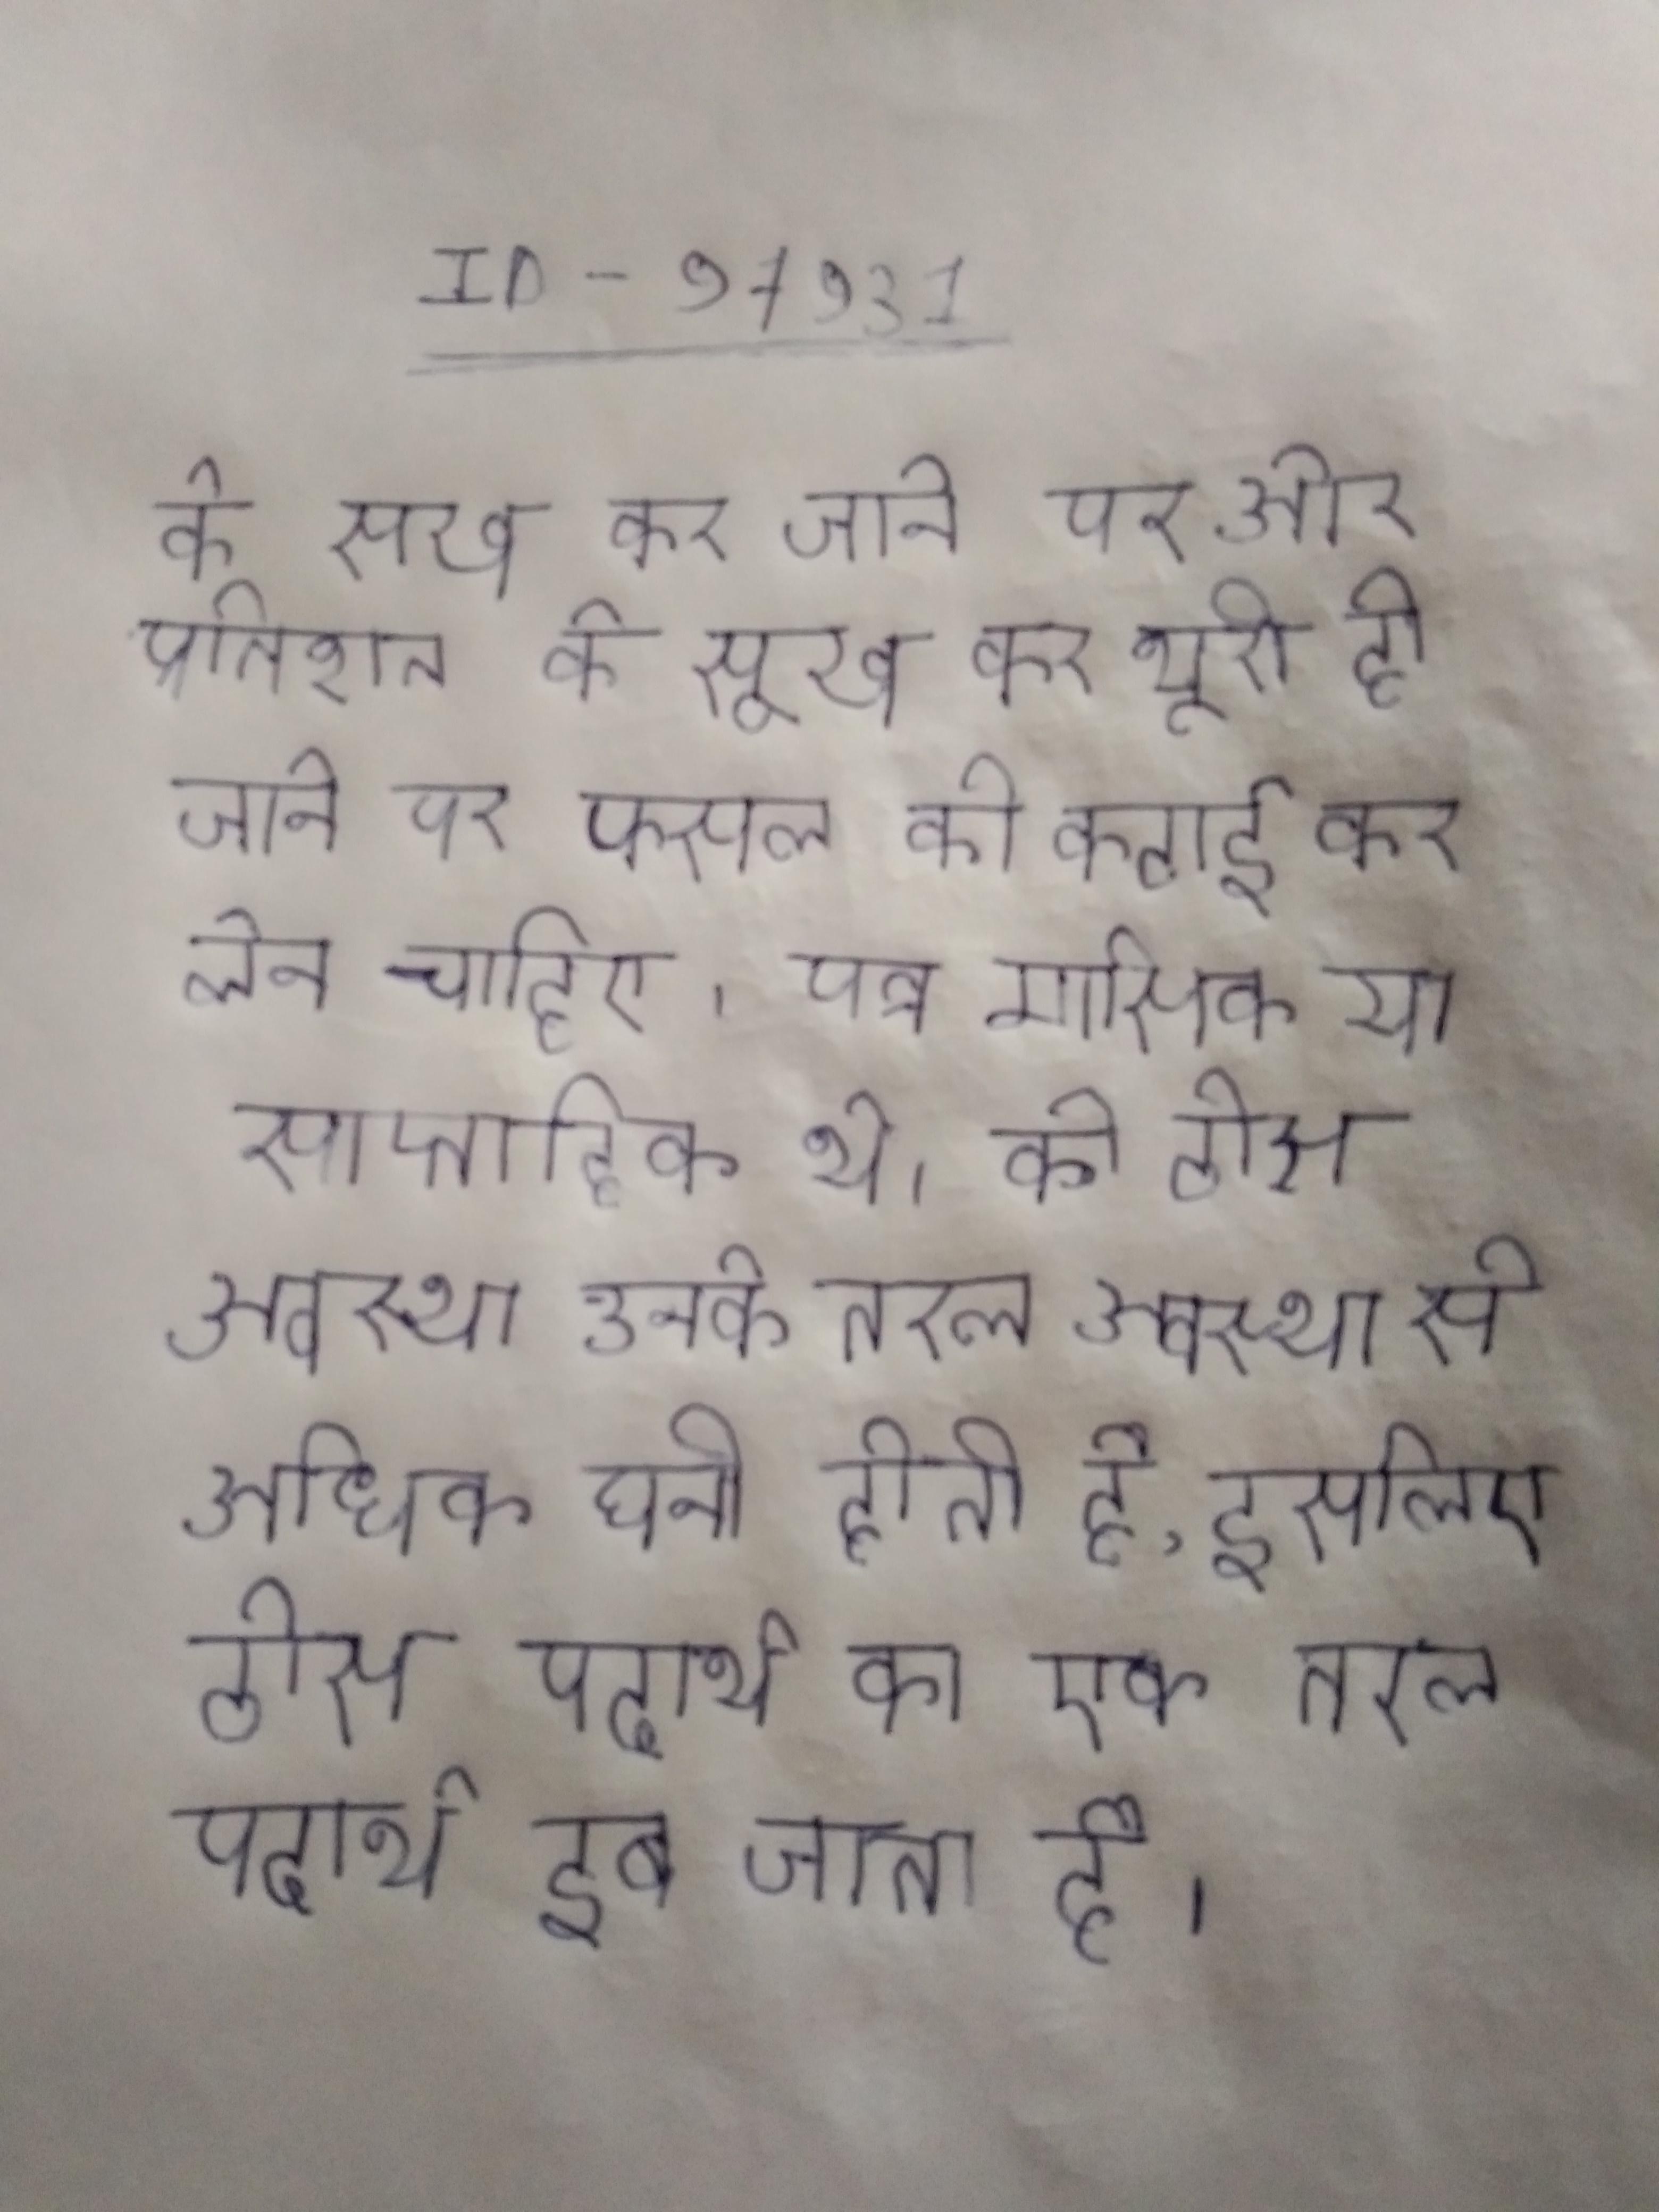
के सूख कर जाने पर और प्रतिशत के सूख कर भूरी हो जाने पर फसल की कटाई कर लेना चाहिए । पत्र मासिक या साप्ताहिक थे । के ठोस अवस्था उनके तरल अवस्था से अधिक घनी होती है, इसलिए ठोस पदार्थ का एक तरल पदार्थ डूब जाता है ।